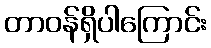
တာဝန်ရှိပါကြောင်း